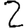
Digit: 2